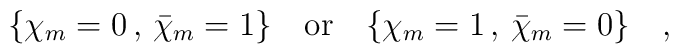
\{ \chi _m =0\, , \, \bar \chi _m=1 \} \quad {\mbox {or}} \quad \{ \chi _m =1\, , \, \bar \chi _m=0 \} \quad ,